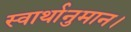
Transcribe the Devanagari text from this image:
स्वार्थानुमान।